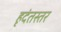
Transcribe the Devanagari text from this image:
हृदंतस्तर